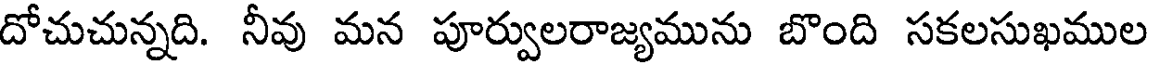
దోచుచున్నది. నీవు మన పూర్వులరాజ్యమును బొంది సకలసుఖముల